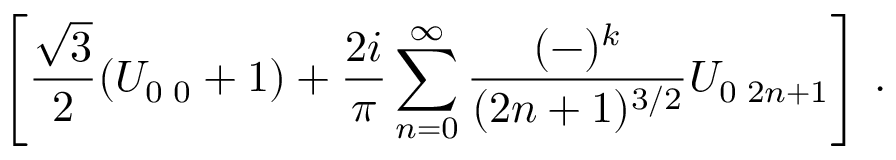
\left[ \frac { \sqrt { 3 } } { 2 } ( U _ { 0 \, \, 0 } + 1 ) + \frac { 2 i } { \pi } \sum _ { n = 0 } ^ { \infty } \frac { ( - ) ^ { k } } { ( 2 n + 1 ) ^ { 3 / 2 } } U _ { 0 \, \, 2 n + 1 } \right] \, .